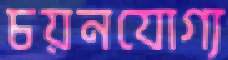
চয়নযোগ্য